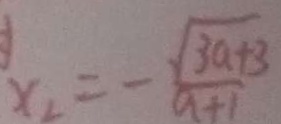
x _ { 2 } = - \frac { \sqrt { 3 a + 3 } } { a + 1 }